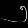
Digit: ၅